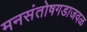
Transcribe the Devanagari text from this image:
मनसंतोषगडाजवळ